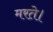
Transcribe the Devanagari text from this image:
मरते।